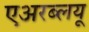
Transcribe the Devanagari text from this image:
एअरब्लयू